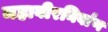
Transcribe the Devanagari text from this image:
महावीरनिर्वाण